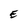
Character: E